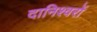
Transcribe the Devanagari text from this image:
दानिश्वरों